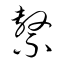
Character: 繋